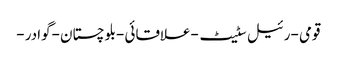
قومی -رئیل سٹیٹ -علاقائی -بلوچستان -گوادر -